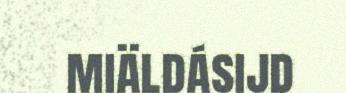
miäldásijd